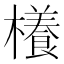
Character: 𣝡